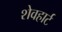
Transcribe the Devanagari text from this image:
शेवहार्ट